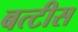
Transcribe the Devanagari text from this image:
बत्टीस